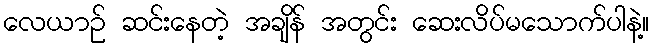
လေယာဉ် ဆင်းနေတဲ့ အချိန် အတွင်း ဆေးလိပ်မသောက်ပါနဲ့။